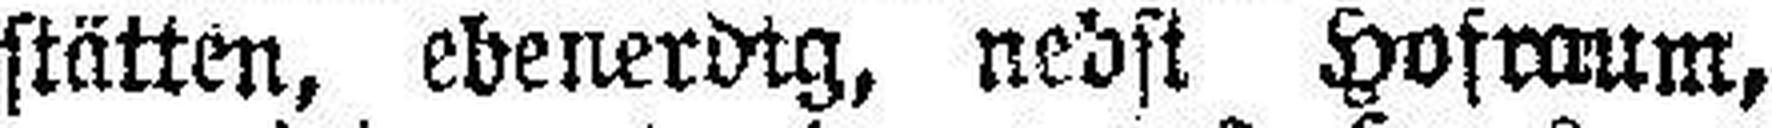
stätten, ebenerdig, nebst Hofraum,